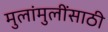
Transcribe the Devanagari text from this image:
मुलांमुलींसाठी